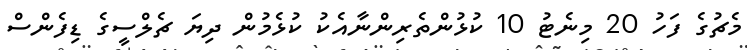
މެޗުގެ ފަހު 20 މިނެޓު 10 ކުޅުންތެރިންނާއެކު ކުޅެމުން ދިޔަ ޗެލްސީގެ ޑިފެންސް